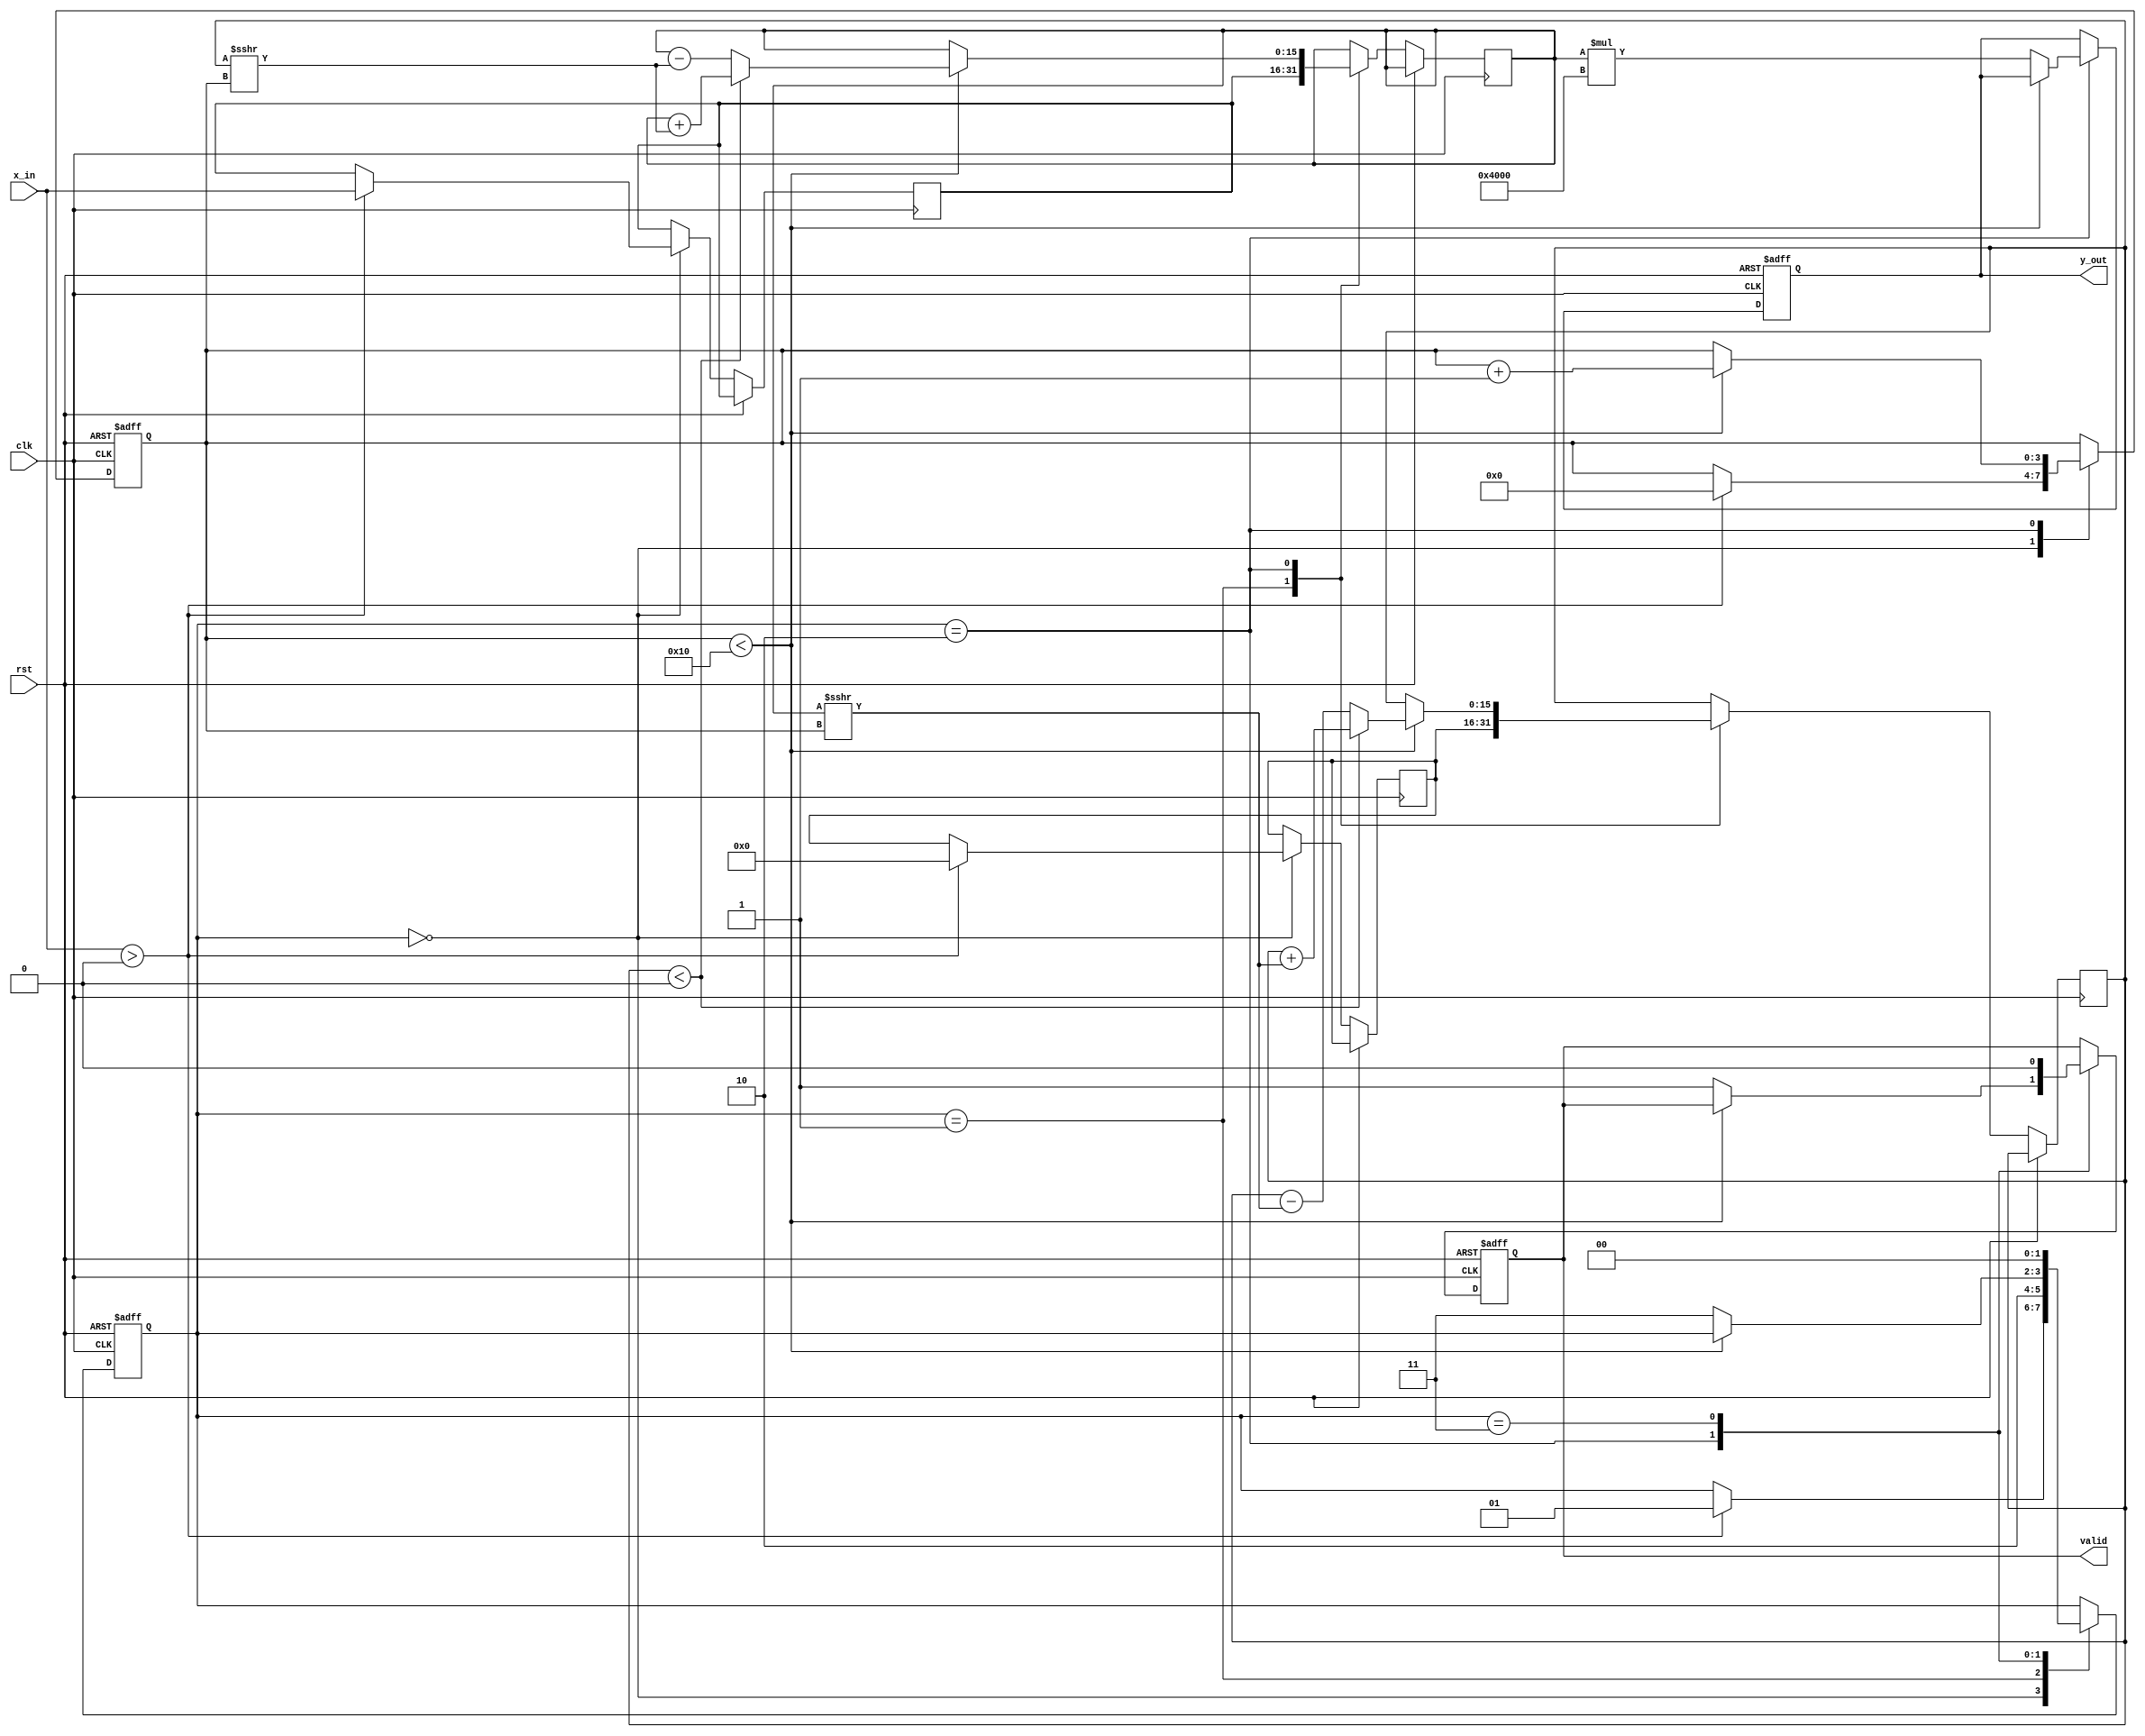
module cordic_reciprocal (
    input wire clk,
    input wire rst,
    input wire [15:0] x_in, // Fixed-point input (0, 1) range
    output reg [15:0] y_out, // Reciprocal output
    output reg valid // Output valid signal
);

    // Parameters
    parameter NUM_ITERATIONS = 16; // Number of CORDIC iterations
    parameter FIXED_POINT_SCALE = 16'h4000; // Scaling factor (2^14)

    // Internal signals
    reg [15:0] x [0:NUM_ITERATIONS-1]; // x values
    reg [15:0] y [0:NUM_ITERATIONS-1]; // y values
    reg [15:0] angle [0:NUM_ITERATIONS-1]; // Angle lookup table
    reg [3:0] iteration; // Iteration counter
    reg [15:0] x_curr, y_curr; // Current x and y values
    reg [15:0] angle_curr; // Current angle
    reg [1:0] state; // FSM state

    // FSM states
    localparam IDLE = 2'b00;
    localparam INIT = 2'b01;
    localparam ITERATE = 2'b10;
    localparam DONE = 2'b11;

    // Initialize angle lookup table
    initial begin
        angle[0] = 16'h0000; // atan(2^0)
        angle[1] = 16'h2000; // atan(2^-1)
        angle[2] = 16'h1000; // atan(2^-2)
        angle[3] = 16'h0800; // atan(2^-3)
        angle[4] = 16'h0400; // atan(2^-4)
        angle[5] = 16'h0200; // atan(2^-5)
        angle[6] = 16'h0100; // atan(2^-6)
        angle[7] = 16'h0080; // atan(2^-7)
        angle[8] = 16'h0040; // atan(2^-8)
        angle[9] = 16'h0020; // atan(2^-9)
        angle[10] = 16'h0010; // atan(2^-10)
        angle[11] = 16'h0008; // atan(2^-11)
        angle[12] = 16'h0004; // atan(2^-12)
        angle[13] = 16'h0002; // atan(2^-13)
        angle[14] = 16'h0001; // atan(2^-14)
        angle[15] = 16'h0000; // atan(2^-15)
    end

    // FSM for control
    always @(posedge clk or posedge rst) begin
        if (rst) begin
            state <= IDLE;
            iteration <= 0;
            valid <= 0;
            y_out <= 0;
        end else begin
            case (state)
                IDLE: begin
                    if (x_in > 0) begin
                        // Initialize x and y
                        x[0] <= x_in;
                        y[0] <= 0;
                        iteration <= 0;
                        state <= INIT;
                    end
                end

                INIT: begin
                    x_curr <= x[0];
                    y_curr <= y[0];
                    angle_curr <= 0;
                    state <= ITERATE;
                end

                ITERATE: begin
                    if (iteration < NUM_ITERATIONS) begin
                        if (y_curr < 0) begin
                            x_curr <= x_curr + (y_curr >>> iteration);
                            y_curr <= y_curr + (x_curr >>> iteration);
                            angle_curr <= angle_curr - angle[iteration];
                        end else begin
                            x_curr <= x_curr - (y_curr >>> iteration);
                            y_curr <= y_curr - (x_curr >>> iteration);
                            angle_curr <= angle_curr + angle[iteration];
                        end
                        iteration <= iteration + 1;
                    end else begin
                        // Finalize output
                        y_out <= x_curr * FIXED_POINT_SCALE; // Scale the output
                        valid <= 1;
                        state <= DONE;
                    end
                end

                DONE: begin
                    // Wait for next input
                    valid <= 0;
                    state <= IDLE;
                end
            endcase
        end
    end

endmodule